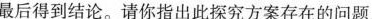
最后得到结论。请你指出此探究方案存在的问题。